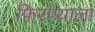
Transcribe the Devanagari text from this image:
फिरण्याला